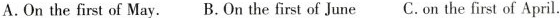
A.On the first of May. B. On the first of June C. On the first of April.